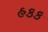
હકક